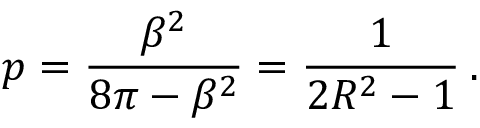
\displaystyle p = \frac { \beta ^ { 2 } } { 8 \pi - \beta ^ { 2 } } = \frac { 1 } { 2 R ^ { 2 } - 1 } \: .